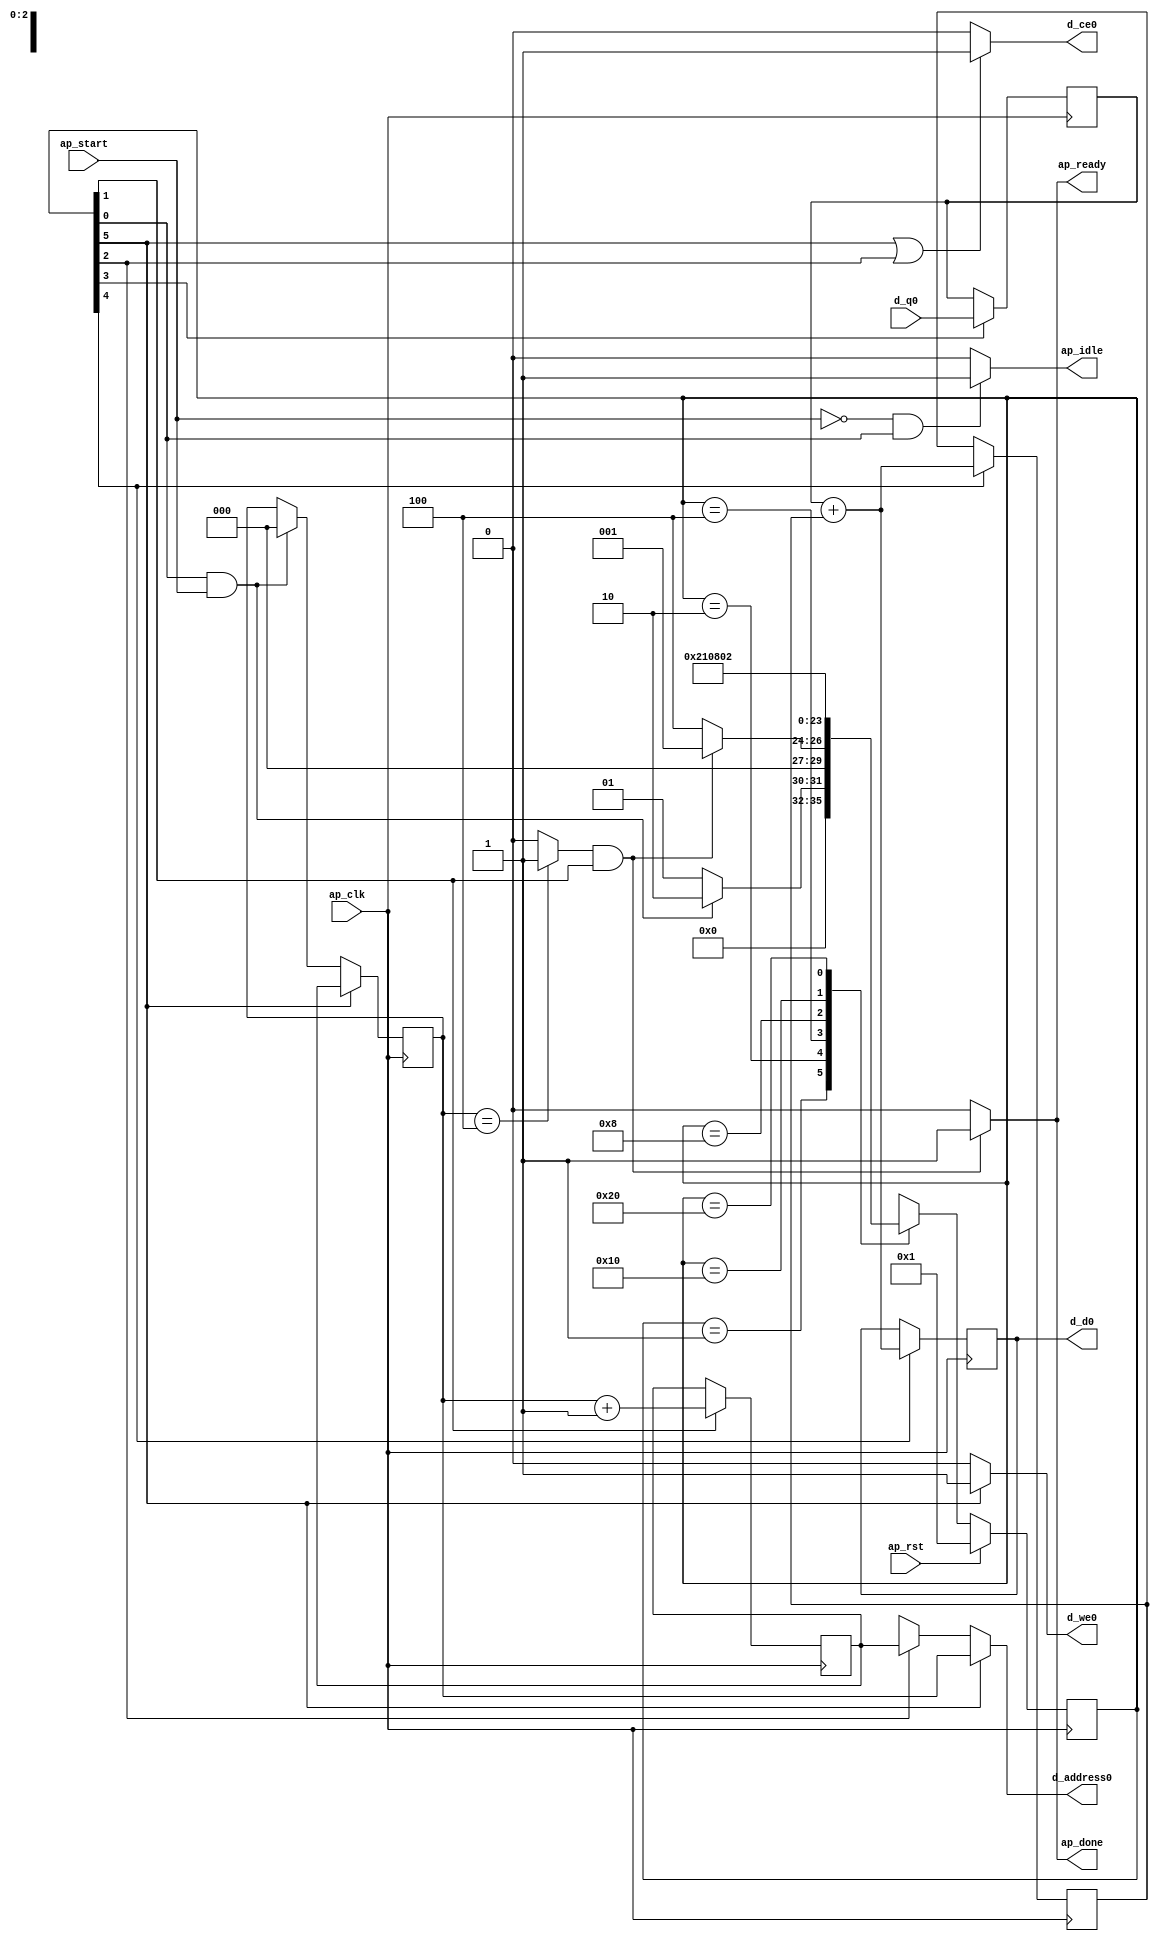
module array_arith (
        ap_clk,
        ap_rst,
        ap_start,
        ap_done,
        ap_idle,
        ap_ready,
        d_address0,
        d_ce0,
        d_we0,
        d_d0,
        d_q0
);

parameter    ap_ST_fsm_state1 = 6'd1;
parameter    ap_ST_fsm_state2 = 6'd2;
parameter    ap_ST_fsm_state3 = 6'd4;
parameter    ap_ST_fsm_state4 = 6'd8;
parameter    ap_ST_fsm_state5 = 6'd16;
parameter    ap_ST_fsm_state6 = 6'd32;

input   ap_clk;
input   ap_rst;
input   ap_start;
output   ap_done;
output   ap_idle;
output   ap_ready;
output  [2:0] d_address0;
output   d_ce0;
output   d_we0;
output  [31:0] d_d0;
input  [31:0] d_q0;

reg ap_done;
reg ap_idle;
reg ap_ready;
reg[2:0] d_address0;
reg d_ce0;
reg d_we0;

(* fsm_encoding = "none" *) reg   [5:0] ap_CS_fsm;
wire    ap_CS_fsm_state1;
reg   [31:0] acc;
wire   [2:0] i_1_fu_61_p2;
reg   [2:0] i_1_reg_94;
wire    ap_CS_fsm_state2;
wire    ap_CS_fsm_state3;
reg   [31:0] d_load_reg_105;
wire    ap_CS_fsm_state4;
wire   [31:0] tmp_2_fu_75_p2;
reg   [31:0] tmp_2_reg_110;
wire    ap_CS_fsm_state5;
reg   [2:0] i_reg_43;
wire    ap_CS_fsm_state6;
wire   [63:0] tmp_1_fu_67_p1;
wire   [63:0] tmp_3_fu_86_p1;
wire   [0:0] exitcond_fu_55_p2;
reg   [5:0] ap_NS_fsm;

// power-on initialization
initial begin
#0 ap_CS_fsm = 6'd1;
#0 acc = 32'd0;
end

always @ (posedge ap_clk) begin
    if (ap_rst == 1'b1) begin
        ap_CS_fsm <= ap_ST_fsm_state1;
    end else begin
        ap_CS_fsm <= ap_NS_fsm;
    end
end

always @ (posedge ap_clk) begin
    if ((1'b1 == ap_CS_fsm_state6)) begin
        i_reg_43 <= i_1_reg_94;
    end else if (((1'b1 == ap_CS_fsm_state1) & (ap_start == 1'b1))) begin
        i_reg_43 <= 3'd0;
    end
end

always @ (posedge ap_clk) begin
    if ((1'b1 == ap_CS_fsm_state5)) begin
        acc <= tmp_2_fu_75_p2;
        tmp_2_reg_110 <= tmp_2_fu_75_p2;
    end
end

always @ (posedge ap_clk) begin
    if ((1'b1 == ap_CS_fsm_state4)) begin
        d_load_reg_105 <= d_q0;
    end
end

always @ (posedge ap_clk) begin
    if ((1'b1 == ap_CS_fsm_state2)) begin
        i_1_reg_94 <= i_1_fu_61_p2;
    end
end

always @ (*) begin
    if (((exitcond_fu_55_p2 == 1'd1) & (1'b1 == ap_CS_fsm_state2))) begin
        ap_done = 1'b1;
    end else begin
        ap_done = 1'b0;
    end
end

always @ (*) begin
    if (((ap_start == 1'b0) & (1'b1 == ap_CS_fsm_state1))) begin
        ap_idle = 1'b1;
    end else begin
        ap_idle = 1'b0;
    end
end

always @ (*) begin
    if (((exitcond_fu_55_p2 == 1'd1) & (1'b1 == ap_CS_fsm_state2))) begin
        ap_ready = 1'b1;
    end else begin
        ap_ready = 1'b0;
    end
end

always @ (*) begin
    if ((1'b1 == ap_CS_fsm_state6)) begin
        d_address0 = tmp_3_fu_86_p1;
    end else if ((1'b1 == ap_CS_fsm_state3)) begin
        d_address0 = tmp_1_fu_67_p1;
    end else begin
        d_address0 = 'bx;
    end
end

always @ (*) begin
    if (((1'b1 == ap_CS_fsm_state6) | (1'b1 == ap_CS_fsm_state3))) begin
        d_ce0 = 1'b1;
    end else begin
        d_ce0 = 1'b0;
    end
end

always @ (*) begin
    if ((1'b1 == ap_CS_fsm_state6)) begin
        d_we0 = 1'b1;
    end else begin
        d_we0 = 1'b0;
    end
end

always @ (*) begin
    case (ap_CS_fsm)
        ap_ST_fsm_state1 : begin
            if (((1'b1 == ap_CS_fsm_state1) & (ap_start == 1'b1))) begin
                ap_NS_fsm = ap_ST_fsm_state2;
            end else begin
                ap_NS_fsm = ap_ST_fsm_state1;
            end
        end
        ap_ST_fsm_state2 : begin
            if (((exitcond_fu_55_p2 == 1'd1) & (1'b1 == ap_CS_fsm_state2))) begin
                ap_NS_fsm = ap_ST_fsm_state1;
            end else begin
                ap_NS_fsm = ap_ST_fsm_state3;
            end
        end
        ap_ST_fsm_state3 : begin
            ap_NS_fsm = ap_ST_fsm_state4;
        end
        ap_ST_fsm_state4 : begin
            ap_NS_fsm = ap_ST_fsm_state5;
        end
        ap_ST_fsm_state5 : begin
            ap_NS_fsm = ap_ST_fsm_state6;
        end
        ap_ST_fsm_state6 : begin
            ap_NS_fsm = ap_ST_fsm_state2;
        end
        default : begin
            ap_NS_fsm = 'bx;
        end
    endcase
end

assign ap_CS_fsm_state1 = ap_CS_fsm[32'd0];

assign ap_CS_fsm_state2 = ap_CS_fsm[32'd1];

assign ap_CS_fsm_state3 = ap_CS_fsm[32'd2];

assign ap_CS_fsm_state4 = ap_CS_fsm[32'd3];

assign ap_CS_fsm_state5 = ap_CS_fsm[32'd4];

assign ap_CS_fsm_state6 = ap_CS_fsm[32'd5];

assign d_d0 = tmp_2_reg_110;

assign exitcond_fu_55_p2 = ((i_reg_43 == 3'd4) ? 1'b1 : 1'b0);

assign i_1_fu_61_p2 = (i_reg_43 + 3'd1);

assign tmp_1_fu_67_p1 = i_1_reg_94;

assign tmp_2_fu_75_p2 = (d_load_reg_105 + acc);

assign tmp_3_fu_86_p1 = i_reg_43;

endmodule